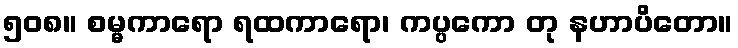
၅၀၈။ စမ္မကာရော ရထကာရော၊ ကပ္ပကော တု နဟာပိတော။